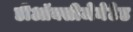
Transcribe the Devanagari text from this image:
डीऑक्सीजेनेटेड